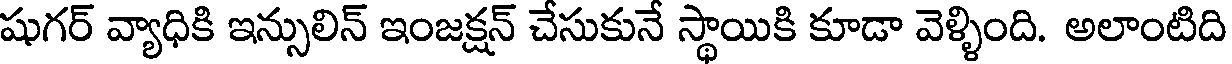
షుగర్ వ్యాధికి ఇన్సులిన్ ఇంజక్షన్ చేసుకునే స్థాయికి కూడా వెళ్ళింది. అలాంటిది